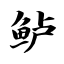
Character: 鲈